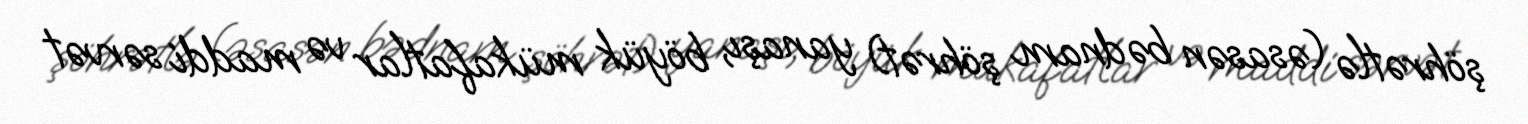
şöhrətlə (əsasən bədnam şöhrət) yanaşı, böyük mükafatlar və maddi sərvət